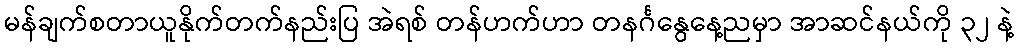
မန်ချက်စတာယူနိုက်တက်နည်းပြ အဲရစ် တန်ဟက်ဟာ တနင်္ဂနွေနေ့ညမှာ အာဆင်နယ်ကို ၃၂ နဲ့